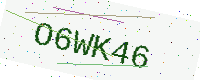
Text: O6WK46